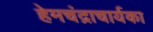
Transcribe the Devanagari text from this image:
हेमचंद्राचार्यका